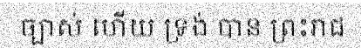
ច្បាស់ ហើយ ទ្រង់ បាន ព្រះរាជ